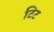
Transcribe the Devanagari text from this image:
टिट